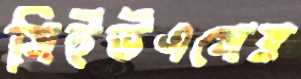
সিইউএসের